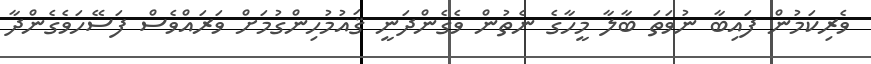
ވެރިކަމުން ފައިބާ ނުވަތަ ބާލާ މީހާގެ ނެތުން ވެގެންދަނީ ޤައުމުހިންގުމަށް ވަރައްވެސް ފަސޭހަވެގެންދާ